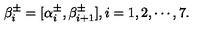
\beta _ { i } ^ { \pm } = [ \alpha _ { i } ^ { \pm } , \beta _ { i + 1 } ^ { \pm } ] , i = 1 , 2 , \cdots , 7 .